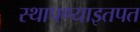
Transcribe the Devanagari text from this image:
स्थापण्याइतपत